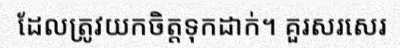
ដែលត្រូវយកចិត្តទុកដាក់។ គួរសរសេរ